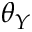
\theta _ { Y }